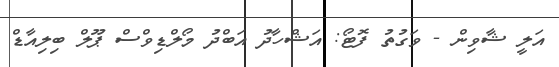
އަލީ ޝާވިން - ވަގުތު ފޮޓޯ: އަޝްހާދު އަބްދު މޯލްޑިވްސް ޕޫލް ބިލިއާޑް